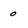
Character: 0